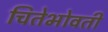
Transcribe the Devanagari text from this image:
चितेभोवती